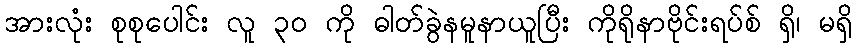
အားလုံး စုစုပေါင်း လူ ၃၀ ကို ဓါတ်ခွဲနမူနာယူပြီး ကိုရိုနာဗိုင်းရပ်စ် ရှိ၊ မရှိ